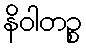
နိဝါတဉ္စ